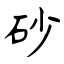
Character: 砂